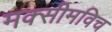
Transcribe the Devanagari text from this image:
मक्सीमविच